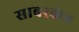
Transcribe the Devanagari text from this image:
साबरकंठ